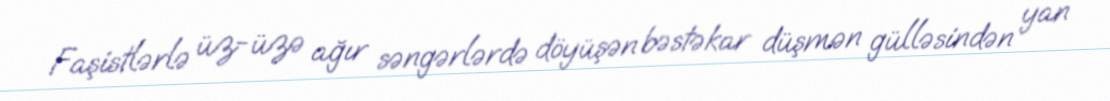
Faşistlərlə üz-üzə ağır səngərlərdə döyüşən bəstəkar düşmən gülləsindən yan